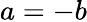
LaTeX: a=-b